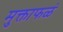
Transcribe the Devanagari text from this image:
मुक्ताफळं